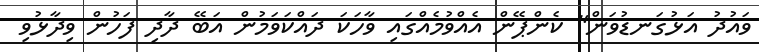
ވައުދު އަޅުގަނޑުވަން" ކެންޕޭން އެއްވުމެއްގައި ވާހަކަ ދައްކަވަމުން އަބޭ ދާދި ފަހުން ވިދާޅުވި